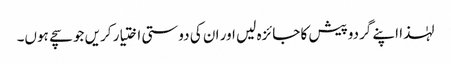
لہٰذا اپنے گردوپیش کا جائزہ لیں اور ان کی دوستی اختیار کریں جو سچے ہوں۔